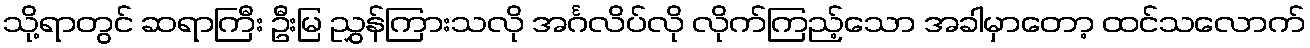
သို့ရာတွင် ဆရာကြီး ဦးမြ ညွှန်ကြားသလို အင်္ဂလိပ်လို လိုက်ကြည့်သော အခါမှာတော့ ထင်သလောက်